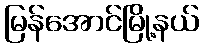
မြန်အောင်မြို့နယ်